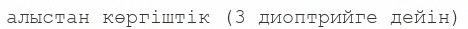
алыстан көргіштік (3 диоптрийге дейін)